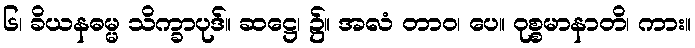
၆၊ ခိယနဓမ္မ သိက္ခာပုဒ်။ ဆဋ္ဌေ၊ ၌။ အလံ တာဝ၊ ပေ။ ဝုစ္စမာနာတိ၊ ကား။